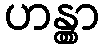
ဟန္တွာ